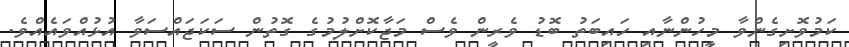
ކަމުވޮށިގެންވާ މީހުންނާއި ހައިބަތު ބޮޑު ވެރީން ވެސް މަޖާކޮށްލުމުގެ ގޮތުން ސަކަޖައްސަވާ އުޅުއްވައެއްވެ.